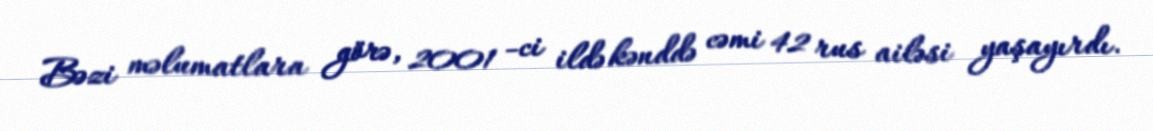
Bəzi məlumatlara görə, 2001 -ci ildə kənddə cəmi 42 rus ailəsi yaşayırdı.